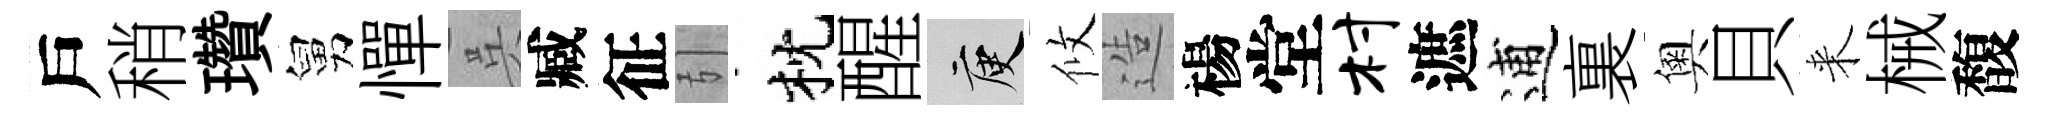
戶稍瓚舅憚呉臧征引枕醒庾攸造楊堂村遮逋裏奧貝来械馥